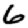
Digit: 6